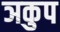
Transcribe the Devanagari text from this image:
ञकुप